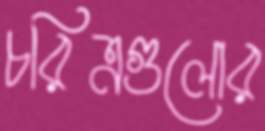
চরিত্রগুলোর